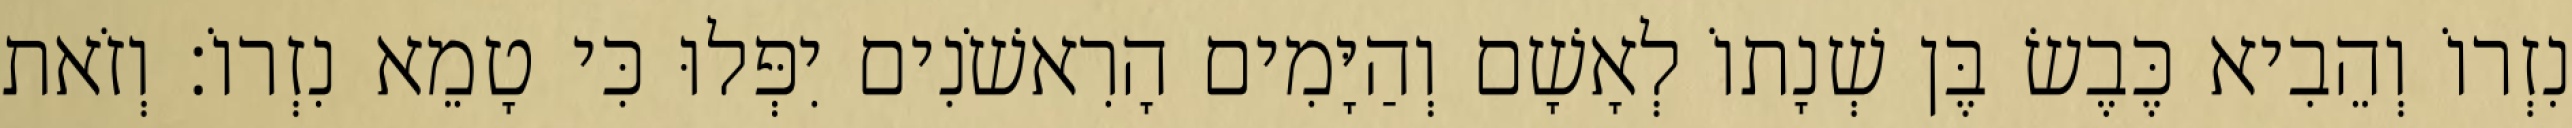
נִזְרוֹ וְהֵבִיא כֶּבֶשׂ בֶּן שְׁנָתוֹ לְאָשָׁם וְהַיָּמִים הָרִאשֹׁנִים יִפְּלוּ כִּי טָמֵא נִזְרוֹ׃ וְזֹאת